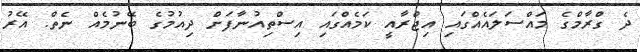
ދެ ގްރާމްގެ މައްސަލައެއްގައި އިޖްރާއީ ކަމެއްގައި އިސްތިއުނާފަށް ދިއުމުގެ ބޭނުމެއް ނެތް. އޭރު